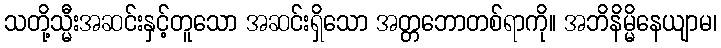
သတို့သ္မီးအဆင်းနှင့်တူသော အဆင်းရှိသော အတ္တဘောတစ်ရာကို။ အဘိနိမ္မိနေယျာမ၊